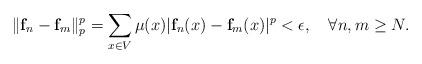
LaTeX: \begin{align*}\|\mathbf{f}_n-\mathbf{f}_m\|_p^p=\sum_{x\in V}\mu(x)|\mathbf{f}_n(x)-\mathbf{f}_m(x)|^p<\epsilon,\quad\forall n,m\geq N.\end{align*}